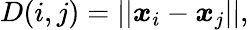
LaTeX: D(i,j)=\lvert\lvert\boldsymbol{x}_{i}-\boldsymbol{x}_{j}\lvert\lvert,